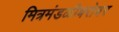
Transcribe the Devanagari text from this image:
मित्रमंडळीबरोबर